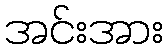
အင်းအား